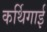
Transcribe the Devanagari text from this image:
कर्थिगाई